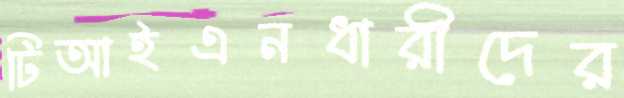
টিআইএনধারীদের